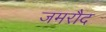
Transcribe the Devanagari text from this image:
जमरौद